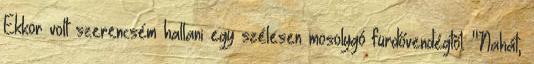
Ekkor volt szerencsém hallani egy szélesen mosolygó fürdővendégtől: "Nahát,